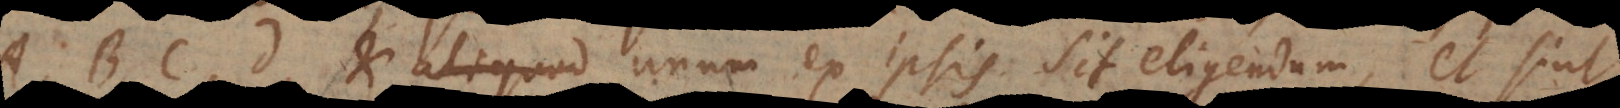
D, et aliquod unum ex ipsis sit eligendum, et sint